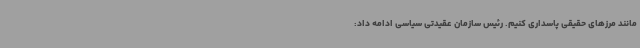
مانند مرزهای حقیقی پاسداری کنیم. رئیس سازمان عقیدتی سیاسی ادامه داد: